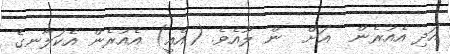
އަދި އެއުރެން  އަށް  ން ލޫއެވެ. (އެއީ) އެއުރެން އެކަލާނގެ